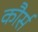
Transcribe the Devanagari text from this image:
कौर्स